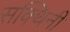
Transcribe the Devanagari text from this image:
सक्थिनी